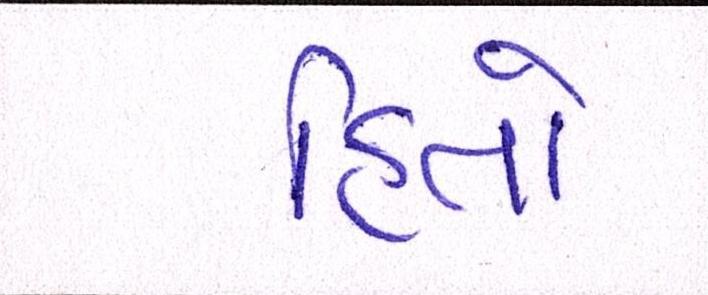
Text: હિતો